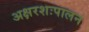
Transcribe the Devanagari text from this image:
अक्षरशःपालन